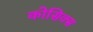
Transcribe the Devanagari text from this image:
कोसिक्स